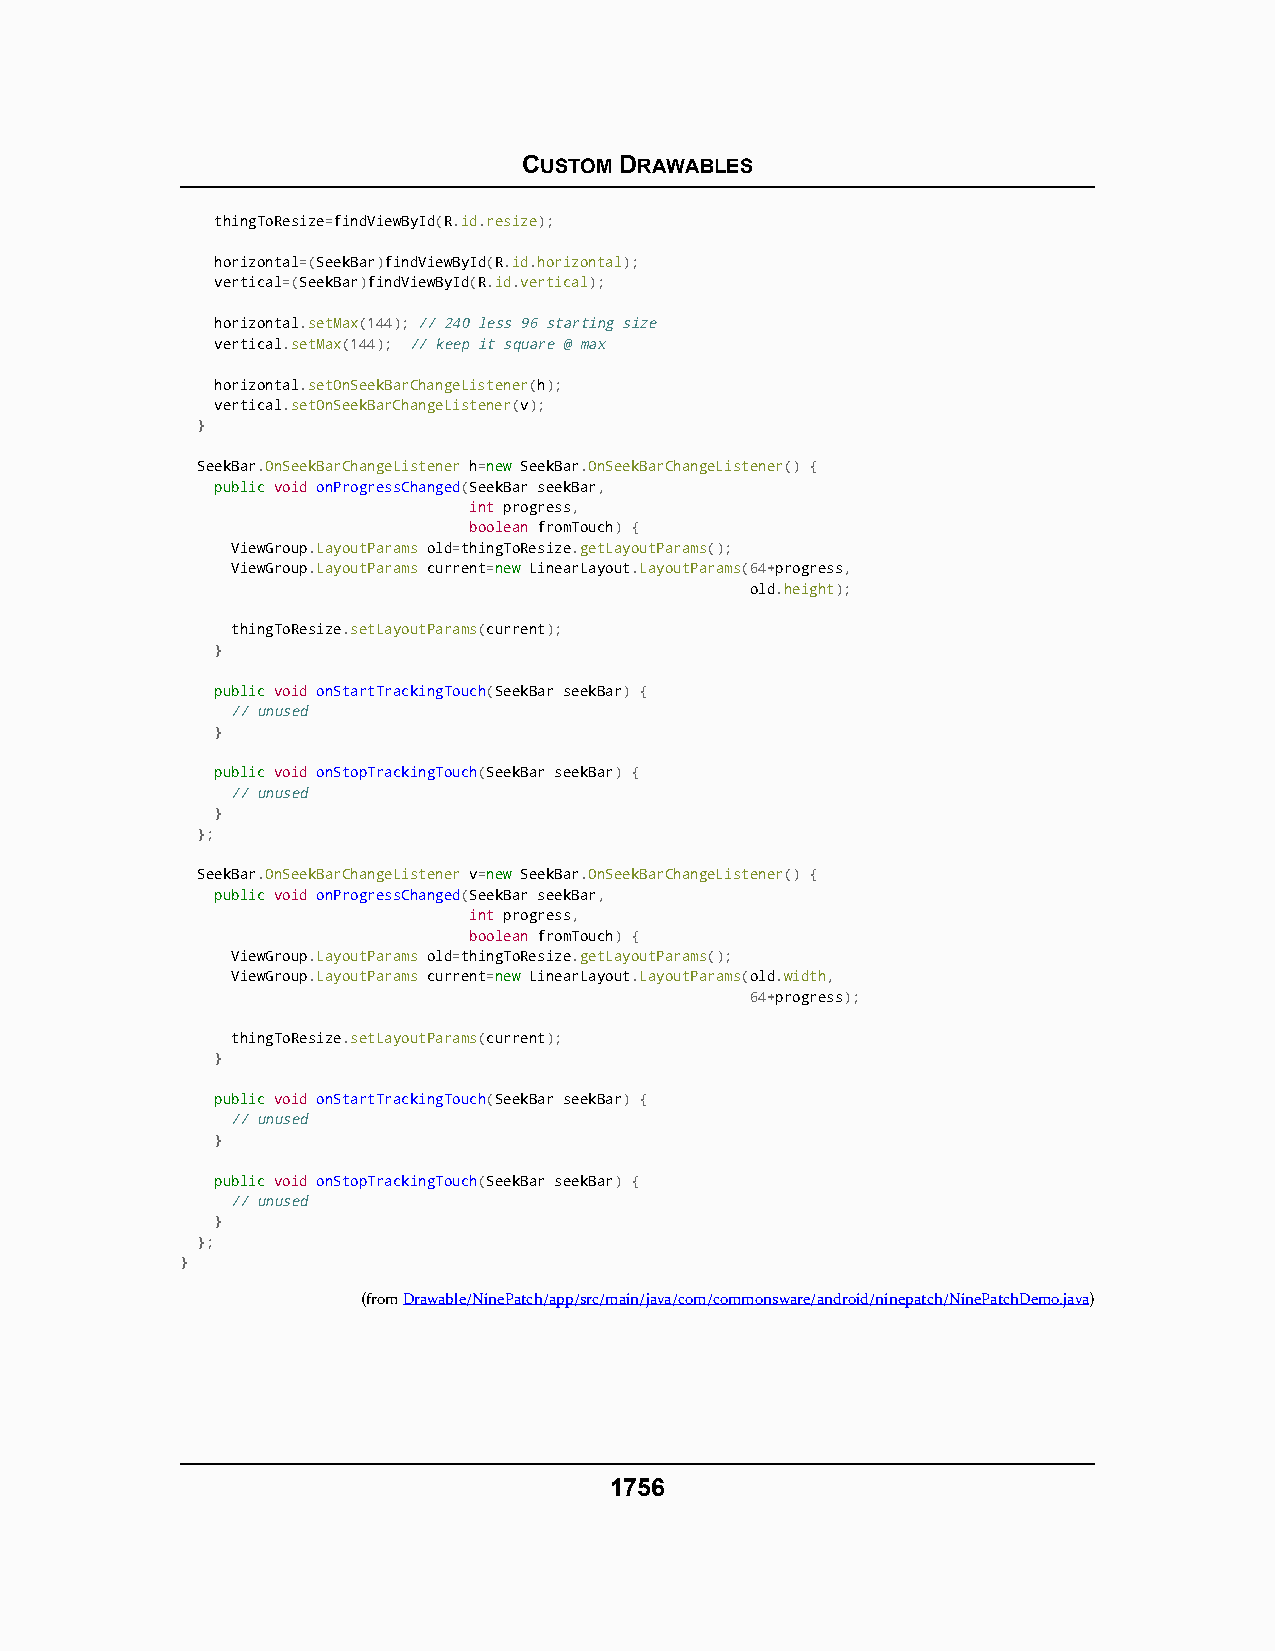
CUSTOM DRAWABLES
 thingToResize=findViewById(R.id.resize);
 horizontal=(SeekBar)findViewById(R.id.horizontal);
 vertical=(SeekBar)findViewById(R.id.vertical);
 horizontal.setMax(144); // 240 less 96 starting size
 vertical.setMax(144); // keep it square @ max
 horizontal.setOnSeekBarChangeListener(h);
 vertical.setOnSeekBarChangeListener(v);
 }
 SeekBar.OnSeekBarChangeListener h=nneeww SeekBar.OnSeekBarChangeListener() {
 ppuubblliicc void onProgressChanged(SeekBar seekBar,
 int progress,
 boolean fromTouch) {
 ViewGroup.LayoutParams old=thingToResize.getLayoutParams();
 ViewGroup.LayoutParams current=nneeww LinearLayout.LayoutParams(64+progress,
 old.height);
 thingToResize.setLayoutParams(current);
 }
 ppuubblliicc void onStartTrackingTouch(SeekBar seekBar) {
 // unused
 }
 ppuubblliicc void onStopTrackingTouch(SeekBar seekBar) {
 // unused
 }
 };
 SeekBar.OnSeekBarChangeListener v=nneeww SeekBar.OnSeekBarChangeListener() {
 ppuubblliicc void onProgressChanged(SeekBar seekBar,
 int progress,
 boolean fromTouch) {
 ViewGroup.LayoutParams old=thingToResize.getLayoutParams();
 ViewGroup.LayoutParams current=nneeww LinearLayout.LayoutParams(old.width,
 64+progress);
 thingToResize.setLayoutParams(current);
 }
 ppuubblliicc void onStartTrackingTouch(SeekBar seekBar) {
 // unused
 }
 ppuubblliicc void onStopTrackingTouch(SeekBar seekBar) {
 // unused
 }
 };
 }
 (fromDrawable/NinePatch/app/src/main/java/com/commonsware/android/ninepatch/NinePatchDemo.java)
 1756